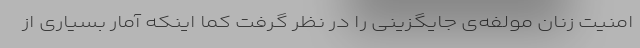
امنیت زنان مولفه‌ی جایگزینی را در نظر گرفت کما اینکه آمار بسیاری از